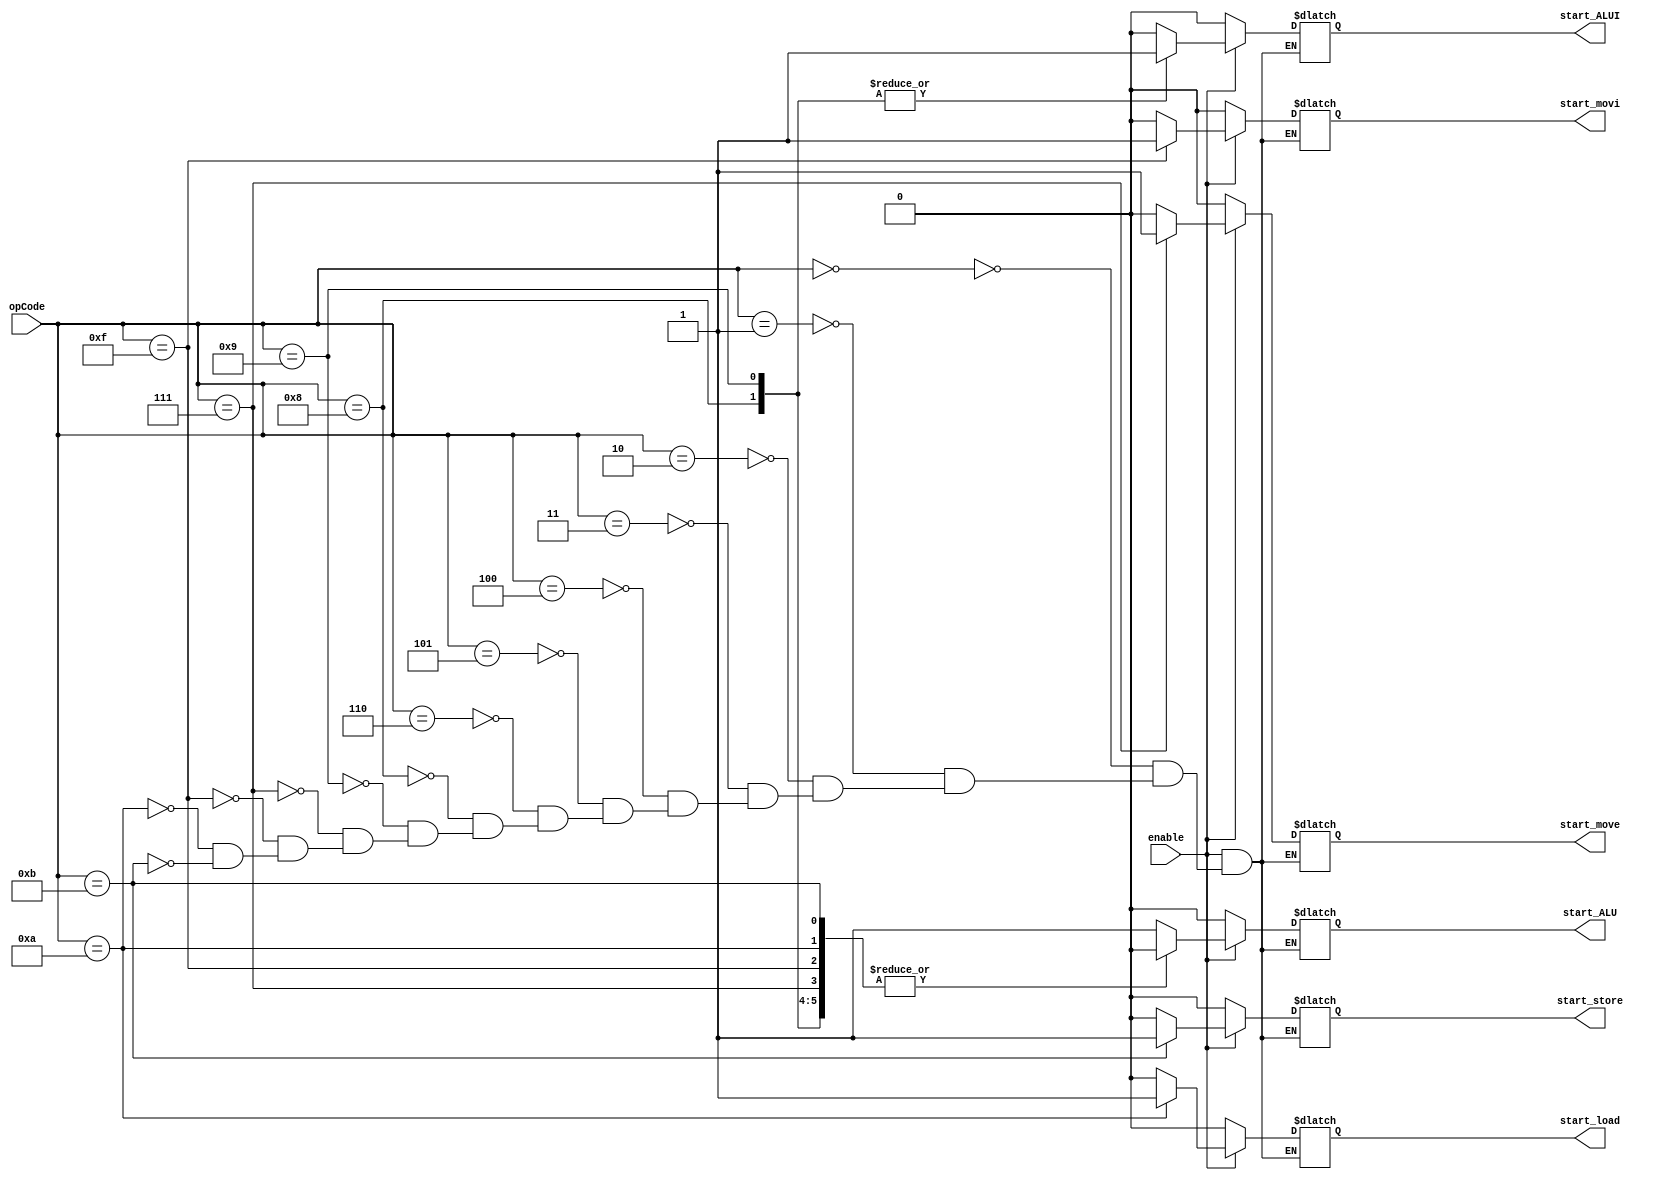
module Decoder(enable, opCode, start_move, start_movi, start_ALU, start_ALUI, start_load, start_store);

input enable;
input[3:0] opCode;

output reg start_move, start_movi, start_ALU, start_ALUI, start_load, start_store;

always @(*)
begin
    if(enable) begin
    case(opCode)

        4'b0000: begin
            start_move <= 0;
            start_movi <= 0;
            start_ALU  <= 1;
            start_ALUI <= 0;
            start_load <= 0;
            start_store<= 0;
        end
        4'b0001: begin
            start_move <= 0;
            start_movi <= 0;
            start_ALU  <= 1;
            start_ALUI <= 0;
            start_load <= 0;
            start_store<= 0;
        end
        4'b0010: begin
            start_move <= 0;
            start_movi <= 0;
            start_ALU  <= 1;
            start_ALUI <= 0;
            start_load <= 0;
            start_store<= 0;
        end
        4'b0011: begin
            start_move <= 0;
            start_movi <= 0;
            start_ALU  <= 1;
            start_ALUI <= 0;
            start_load <= 0;
            start_store<= 0;
        end
        4'b0100: begin
            start_move <= 0;
            start_movi <= 0;
            start_ALU  <= 1;
            start_ALUI <= 0;
            start_load <= 0;
            start_store<= 0;
        end
        4'b0101: begin
            start_move <= 0;
            start_movi <= 0;
            start_ALU  <= 1;
            start_ALUI <= 0;
            start_load <= 0;
            start_store<= 0;
        end
        4'b0110: begin
            start_move <= 0;
            start_movi <= 0;
            start_ALU  <= 1;
            start_ALUI <= 0;
            start_load <= 0;
            start_store<= 0;
        end

        4'b1000: begin
            start_move <= 0;
            start_movi <= 0;
            start_ALU  <= 0;
            start_ALUI <= 1;
            start_load <= 0;
            start_store<= 0;
        end

        4'b1001: begin
            start_move <= 0;
            start_movi <= 0;
            start_ALU  <= 0;
            start_ALUI <= 1;
            start_load <= 0;
            start_store<= 0;
        end

        4'b0111: begin
            start_move <= 1;
            start_movi <= 0;
            start_ALU  <= 0;
            start_ALUI <= 0;
            start_load <= 0;
            start_store<= 0;
        end
        4'b1111: begin
            start_move <= 0;
            start_movi <= 1;
            start_ALU  <= 0;
            start_ALUI <= 0;
            start_load <= 0;
            start_store<= 0;
        end

         4'b1010: begin
            start_move <= 0;
            start_movi <= 0;
            start_ALU  <= 0;
            start_ALUI <= 0;
            start_load <= 1;
            start_store<= 0;
        end

        4'b1011: begin
            start_move <= 0;
            start_movi <= 0;
            start_ALU  <= 0;
            start_ALUI <= 0;
            start_load <= 0;
            start_store<= 1;
        end

    endcase
    end
    else begin
        start_move <= 0;
        start_movi <= 0;
        start_ALU  <= 0;
        start_ALUI <= 0;
        start_load <= 0;
        start_store<= 0;
    end
end

endmodule